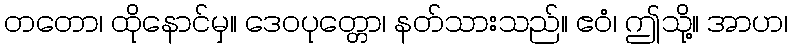
တတော၊ ထိုနောင်မှ။ ဒေဝပုတ္တော၊ နတ်သားသည်။ ဧဝံ၊ ဤသို့။ အာဟ၊